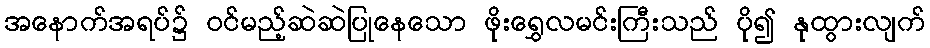
အနောက်အရပ်၌ ဝင်မည့်ဆဲဆဲပြုနေသော ဖိုးရွှေလမင်းကြီးသည် ပို၍ နုထွားလျက်